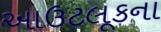
આઉટલૂકના